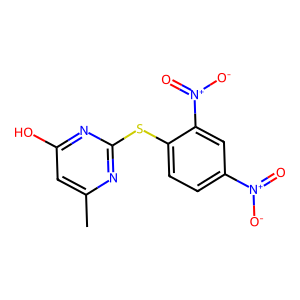
SMILES: Cc1cc(O)nc(Sc2ccc([N+](=O)[O-])cc2[N+](=O)[O-])n1
Inhibits HIV replication: No